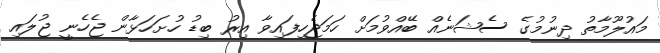
މައުލޫމާތު ދިނުމުގެ ސެޝަނެއް ބޭއްވުމަށް ހަމަޖެހިފައިވާ އިރު ބިޑު ހުށަހަޅާން ޖެހެނީ ޖުލައި